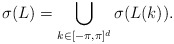
\begin{align*}\sigma(L)=\bigcup_{k \in [-\pi, \pi]^d}\sigma(L(k)).\end{align*}